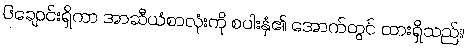
၆ချောင်းရှိကာ အာဆီယံစာလုံးကို စပါးနှံ၏ အောက်တွင် ထားရှိသည်။